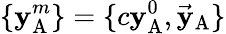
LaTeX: \{ \mathbf{y}_{\mathrm{{A}}}^{m}\} =\{ c\mathbf{y}_{\mathrm{{A}}}^{0},{\vec{{\mathbf{y}}}}_{\mathrm{{A}}}\}